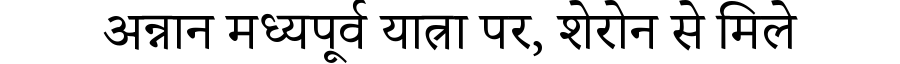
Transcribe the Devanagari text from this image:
अन्नान मध्यपूर्व यात्रा पर, शेरोन से मिले